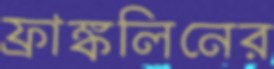
ফ্রাঙ্কলিনের